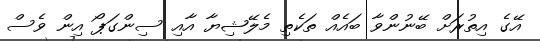
އޭގެ އިތުރަށް ބޭނުންވާ ބައެއް ތަކެތި މެލޭޝިޔާ އާއި ސިންގަޕޯ އިން ވެސް